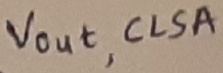
Text: Vout,CLSA